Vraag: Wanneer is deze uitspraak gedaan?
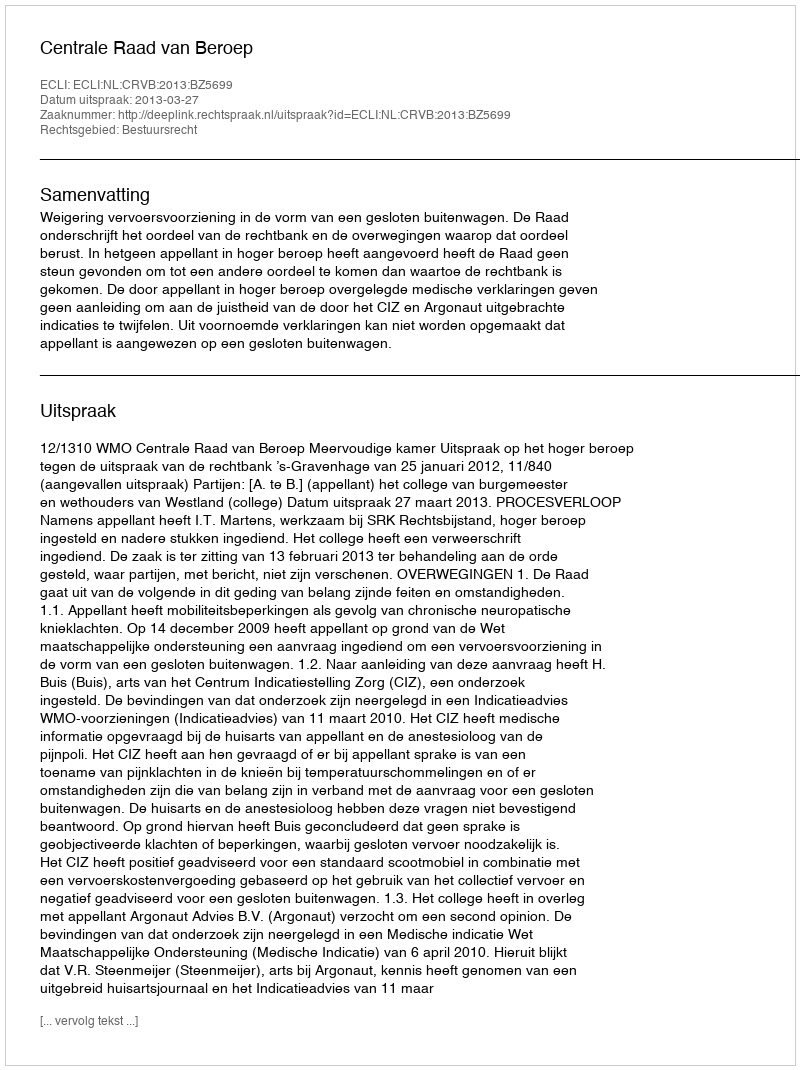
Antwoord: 2013-03-27